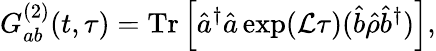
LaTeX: G_{ab}^{(2)}(t,\tau)=\mathrm{Tr}\left[\hat{a}^{\dagger}\hat{a}\exp(\mathcal{L}\tau)(\hat{b}\hat{\rho}\hat{b}^{\dagger})\right],